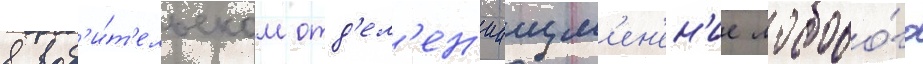
в вод'и́т'ельском отд'ел'ен'ииизм'ен'ен'ие лобово́го